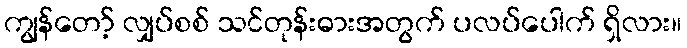
ကျွန်တော့် လျှပ်စစ် သင်တုန်းဓားအတွက် ပလပ်ပေါက် ရှိလား။